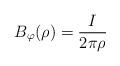
LaTeX: \begin{align*}B_{\varphi}(\rho )=\frac{I}{2\pi\rho}\end{align*}